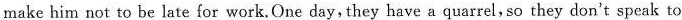
make him not to be late for work. One day,they have a quarrel,so they don't speak to